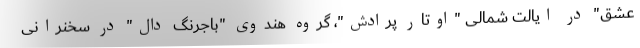
عشق" در ایالت شمالی "اوتار پرادش"، گروه هندوی "باجرنگ دال" در سخنرانی